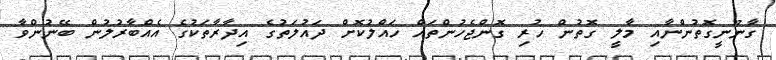
ގާނޫނީގޮތުންނާއި މާލީ ގޮތުން ހުރި ގޮންޖެހުންތައް ހައްލުކޮށް ދައުލަތުގެ އިދާރާތަކުގެ އެއްބާރުލުން ބޭނުންވާ